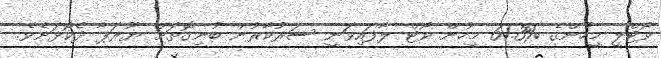
ވޯޓްލީ މީހުންގެ %61.3 މީހުން ވޯޓް ލާފައިވަނީ ސަރުކާރުން ބުނިގޮތަށް ޔޫރަޕާ ދެކޮޅަށެވެ.